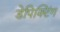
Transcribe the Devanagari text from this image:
डेपिक्टिंग